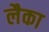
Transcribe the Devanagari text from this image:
लैका